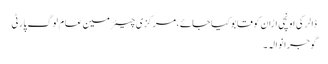
ڈالر کی اونچی اڑان کو قابو کیا جائے ،مرکزی چیئرمین عام لوگ پارٹی
گوجرانوالہ ۔